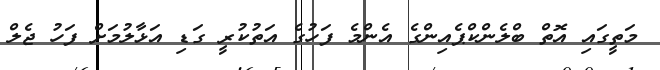
މަތީގައި އޮތް ބްލެންކްޕެއިންގެ އެންމެ ފަހުގެ އަތުކުރީ ގަޑި އަޅާލުމަށް ފަހު ޖެލް